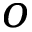
o